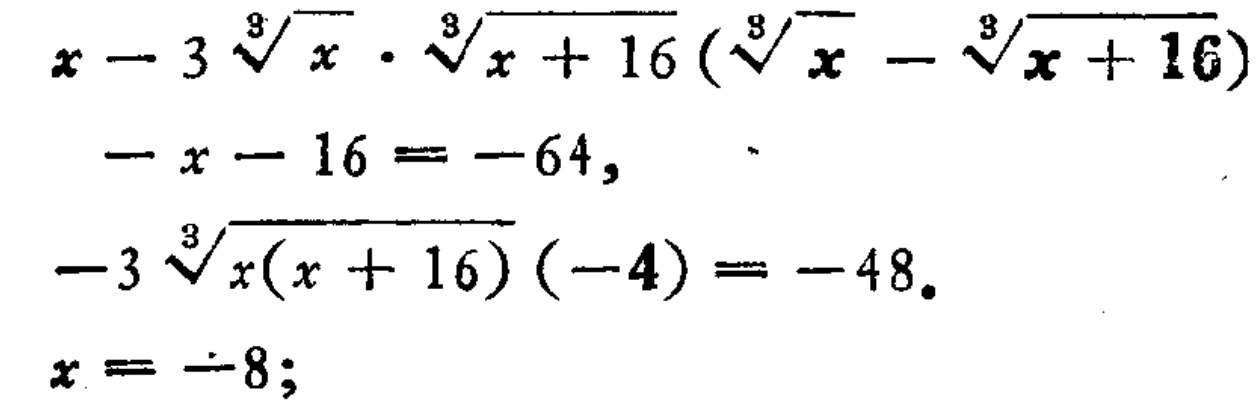
\[
\begin{align*}
x - 3\sqrt[3]{x}\cdot\sqrt[3]{x + 16}(\sqrt[3]{x}-\sqrt[3]{x + 16})-x - 16&= - 64,\\
-3\sqrt[3]{x(x + 16)}(-4)&= - 48.\\
x&=-8;
\end{align*}
\]